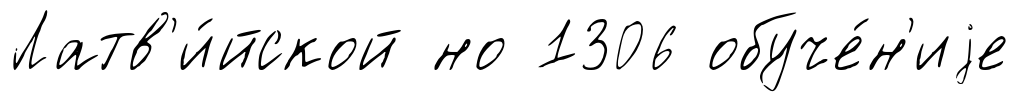
Латв'и́йской но 1306 обуче́н'иjе